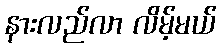
နားလည်လာ လိမ့်မယ်